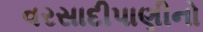
વરસાદીપાણીનો